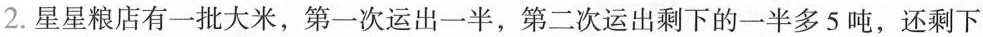
2. 星星粮店有一批大米，第一次运出一半，第二次运出剩下的一半多5吨，还剩下